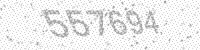
Solution: 557694